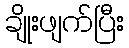
ချိုးဖျက်ပြီး